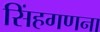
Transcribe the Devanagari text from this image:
सिंहगणना